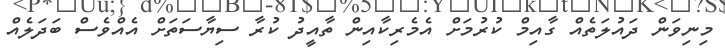
މިނިވަން ދައުލަތެއް ގާއިމް ކުރުމަށް އެމެރިކާއިން ތާއީދު ކުރާ ސިޔާސަތަށް އެއްވެސް ބަދަލެއް